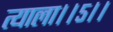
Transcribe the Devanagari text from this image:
त्याला।।५।।